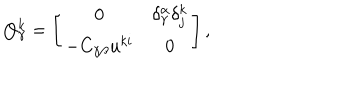
LaTeX: Q _ { \gamma } ^ { k } = \left[ \begin{array} { c c } { { 0 } } & { { \delta _ { \gamma } ^ { \alpha } \delta _ { j } ^ { k } } } \\ { { - C _ { \gamma \beta } u ^ { k i } } } & { { 0 } } \\ \end{array} \right] ,